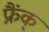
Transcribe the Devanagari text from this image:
फ्रैंक्